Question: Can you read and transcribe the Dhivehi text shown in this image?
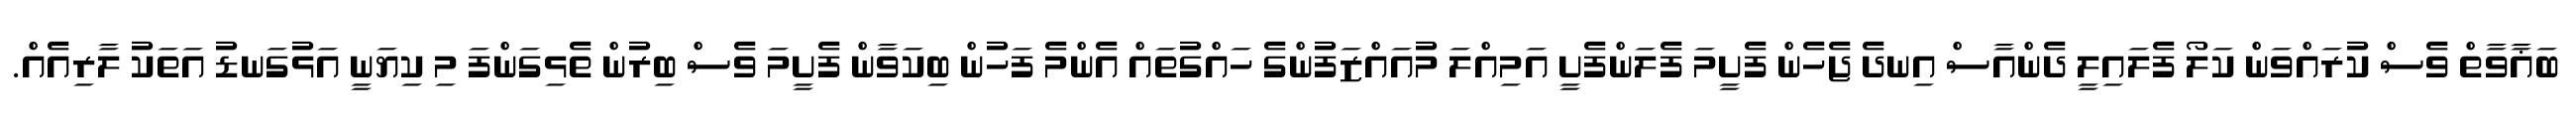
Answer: ބަޣާވާތް ވެސް ކުރައްވަން ކަލޯ ފެލައިލީ ދެންއާސް އިނދެ ޖެހެން ފެށީމަ ފެލަންފެށީ އަމިއްލަ މުއައްޒަފުންގެ ހައްގުތައް އެންމެ ފަހުން ބިކަވާން ފެށީމަ ވެސް ބިރުން ތެޅިގަންފަ މި ކިޔަނީ އަޅުގަނޑު އަތަކު ލާރިއެއް.